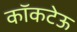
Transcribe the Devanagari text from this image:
कॉकटेऊ